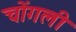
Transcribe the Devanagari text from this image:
चोंगली